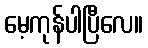
မေ့ကုန်ပါပြီလေ။